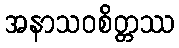
အနာသဝစိတ္တဿ